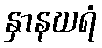
နှာနဃရံ